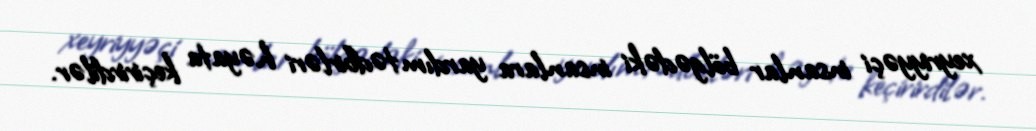
xeyriyyəçi insanlar bölgədəki insanlara yardım tədbirləri həyata keçirirdilər.